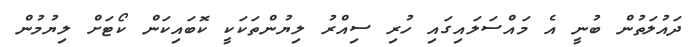
ދައުލަތުން ބުނީ އެ މައްސަލައިގައި ހުރި ސިއްރު ލިޔުންތަކަކީ ކޮބައިކަން ކޯޓަށް ލިޔުމުން